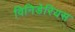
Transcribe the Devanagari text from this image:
विनिडेरियस